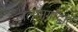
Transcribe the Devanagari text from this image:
जलमार्गांद्वारे